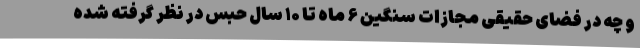
و چه در فضای حقیقی مجازات سنگین ۶ ماه تا ۱۰ سال حبس در نظر گرفته شده